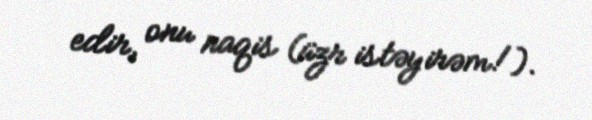
edir, onu naqis (üzr istəyirəm!).